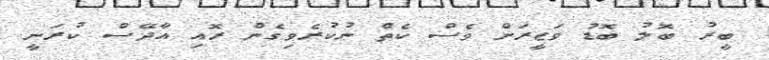
ބީރު ބޮލު ބޮޑު ވަޒީރަށް ވެސް ކެތް ނުކުރެވިގެން ރޮއި އާދޭސް ކުރަނީ